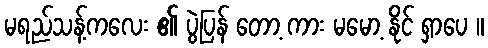
မရည်သန့်ကလေး ၏ ပွဲပြန် တော့ ကား မမော့ နိုင် ရှာပေ ။